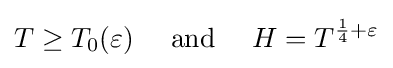
T\geq T_{0}(\varepsilon )\quad {\text{ and }}\quad H=T^{{\frac {1}{4}}+\varepsilon }